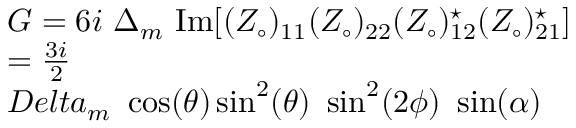
\begin{array} { l } { { G = 6 i \ \Delta _ { m } ~ \mathrm { { I m } } [ ( Z _ { \circ } ) _ { 1 1 } ( Z _ { \circ } ) _ { 2 2 } ( Z _ { \circ } ) _ { 1 2 } ^ { \star } ( Z _ { \circ } ) _ { 2 1 } ^ { \star } ] } } \\ { { = \frac { 3 i } 2 } } \\ { { D e l t a _ { m } ~ \cos ( \theta ) \sin ^ { 2 } ( \theta ) \ \sin ^ { 2 } ( 2 \phi ) \ \sin ( \alpha ) } } \end{array}